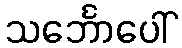
သင်္ဘောပေါ်